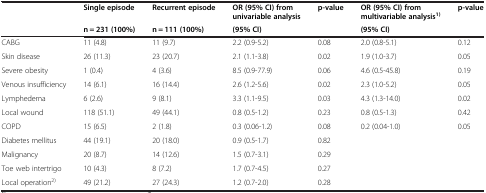
|  | Single episode | Recurrent episode | OR (95% CI) from univariable analysis | p-value | OR (95% CI) from multivariable analysis1) | p-value |
 |  | n = 231 (100%) | n = 111 (100%) | (95% CI) |  | (95% CI) |  |
 | --- | --- | --- | --- | --- | --- | --- |
 | CABG | 11 (4.8) | 11 (9.7) | 2.2 (0.9-5.2) | 0.08 | 2.0 (0.8-5.1) | 0.12 |
 | Skin disease | 26 (11.3) | 23 (20.7) | 2.1 (1.1-3.8) | 0.02 | 1.9 (1.0-3.7) | 0.05 |
 | Severe obesity | 1 (0.4) | 4 (3.6) | 8.5 (0.9-77.9) | 0.06 | 4.6 (0.5-45.8) | 0.19 |
 | Venous insufficiency | 14 (6.1) | 16 (14.4) | 2.6 (1.2-5.6) | 0.02 | 2.3 (1.0-5.2) | 0.05 |
 | Lymphedema | 6 (2.6) | 9 (8.1) | 3.3 (1.1-9.5) | 0.03 | 4.3 (1.3-14.0) | 0.02 |
 | Local wound | 118 (51.1) | 49 (44.1) | 0.8 (0.5-1.2) | 0.23 | 0.8 (0.5-1.3) | 0.42 |
 | COPD | 15 (6.5) | 2 (1.8) | 0.3 (0.06-1.2) | 0.08 | 0.2 (0.04-1.0) | 0.05 |
 | Diabetes mellitus | 44 (19.1) | 20 (18.0) | 0.9 (0.5-1.7) | 0.82 |  |  |
 | Malignancy | 20 (8.7) | 14 (12.6) | 1.5 (0.7-3.1) | 0.29 |  |  |
 | Toe web intertrigo | 10 (4.3) | 8 (7.2) | 1.7 (0.7-4.5) | 0.27 |  |  |
 | Local operation2) | 49 (21.2) | 27 (24.3) | 1.2 (0.7-2.0) | 0.28 |  |  |